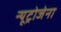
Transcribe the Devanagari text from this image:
न्यूट्रोजेना